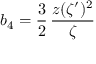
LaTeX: b _ { 4 } = \frac { 3 } { 2 } \, { \frac { z ( \zeta ^ { \prime } ) ^ { 2 } } { \zeta } }